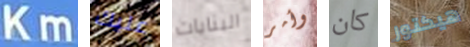
Km عليك البنايات وأمر كان هيكتور